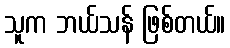
သူက ဘယ်သန် ဖြစ်တယ်။